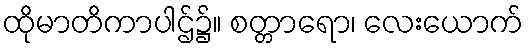
ထိုမာတိကာပါဌ်၌။ စတ္တာရော၊ လေးယောက်